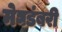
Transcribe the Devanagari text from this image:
मेघडंबरी